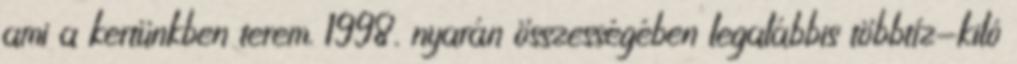
ami a kertünkben terem. 1998. nyarán összessé­gé­ben leg­alábbis többtíz-kiló